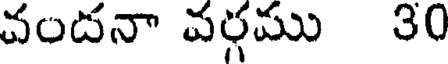
వందనా వర్గము 30